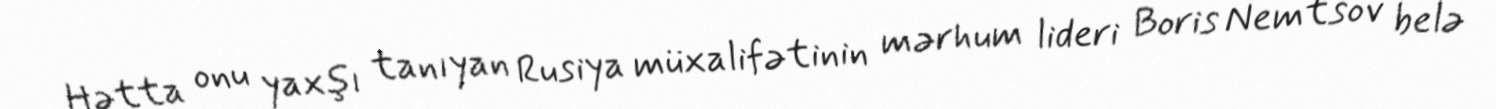
Hətta onu yaxşı tanıyan Rusiya müxalifətinin mərhum lideri Boris Nemtsov belə